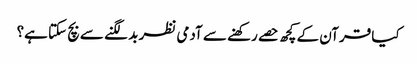
کیا قرآن کے کچھ حصے رکھنے سے آدمی نظر بد لگنے سے بچ سکتا ہے؟